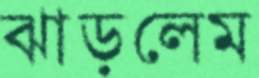
ঝাড়লেম